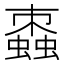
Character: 𧑖